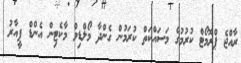
ރާއްޖެ ޕްރޮމޯޓް ކުރުމުގެ މަސައްކަތް ކުރަމުން ގެންދާ މޯލްޑިވް މާކެޓިން އެންޑް ޕީއާރު